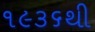
૧૯૩૬થી